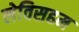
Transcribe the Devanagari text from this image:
लेविसहम